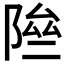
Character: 𨹶